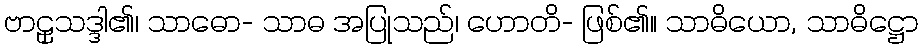
ဗာဠှသဒ္ဒါ၏၊ သာဓော- သာဓ အပြုသည်၊ ဟောတိ- ဖြစ်၏။ သာဓိယော, သာဓိဋ္ဌော